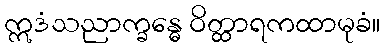
ဣဒံသညာက္ခန္ဓေ ဝိတ္ထာရကထာမုခံ။